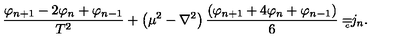
\frac { \varphi _ { n + 1 } - 2 \varphi _ { n } + \varphi _ { n - 1 } } { T ^ { 2 } } + \left( \mu ^ { 2 } - \nabla ^ { 2 } \right) \frac { \left( \varphi _ { n + 1 } + 4 \varphi _ { n } + \varphi _ { n - 1 } \right) } 6 = { } _ { { } _ { \! \! \! \! \! \! \! c } } j _ { n } .